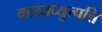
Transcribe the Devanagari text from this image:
काव्यव्युत्पत्ति